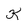
Character: K